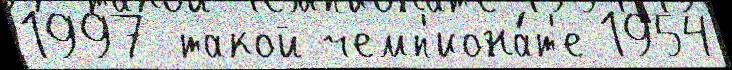
1997 такой чемп'иона́т'е 1954